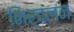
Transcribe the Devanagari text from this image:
निर्दलन